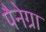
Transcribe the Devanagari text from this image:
पैनेग्रा